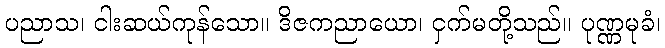
ပညာသ၊ ငါးဆယ်ကုန်သော။ ဒိဇကညာယော၊ ငှက်မတို့သည်။ ပုဏ္ဏမုခံ၊